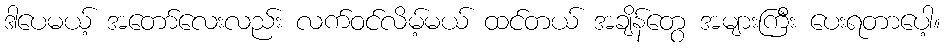
ဒါပေမယ့် အတော်လေးလည်း လက်ဝင်လိမ့်မယ် ထင်တယ် အချိန်တွေ အများကြီး ပေးရတာပေါ့။